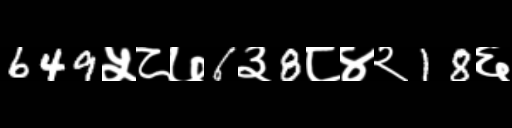
Text: 649५८७6३8८४२18६